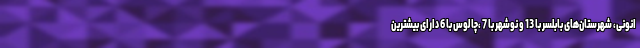
انونی، شهرستان‌های بابلسر با 13 و نوشهر با 7 ،چالوس با 6 دارای بیشترین